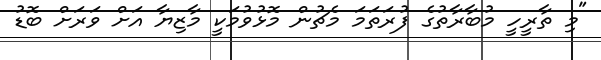
"މި ތާރީީހީ މުބާރާތުގެ ފުރަތަމަ މެޗުން މޮޅުވުމަކީ މާޒިޔާ އަށް ވަރަށް ބޮޑު